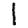
Digit: 1